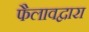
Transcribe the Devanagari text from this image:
फैलावद्वारा